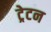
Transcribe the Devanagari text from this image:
ट्रेटन